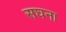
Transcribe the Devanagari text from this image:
सघना